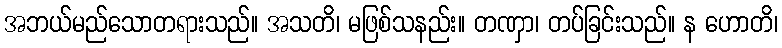
အဘယ်မည်သောတရားသည်။ အသတိ၊ မဖြစ်သနည်း။ တဏှာ၊ တပ်ခြင်းသည်။ န ဟောတိ၊